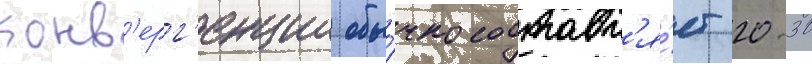
конв'ерг'енции обы́чно составл'я́ет 20-30